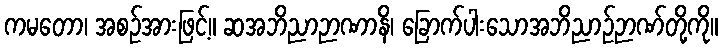
ကမတော၊ အစဉ်အားဖြင့်။ ဆအဘိညာဉာဏာနိ၊ ခြောက်ပါးသောအဘိညာဉ်ဉာဏ်တို့ကို။